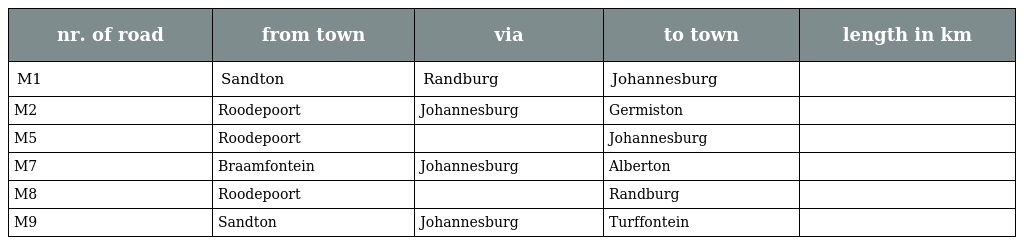
| nr. of road | from town | via | to town | length in km |
 | --- | --- | --- | --- | --- |
 | M1 | Sandton | Randburg | Johannesburg |  |
 | M2 | Roodepoort | Johannesburg | Germiston |  |
 | M5 | Roodepoort |  | Johannesburg |  |
 | M7 | Braamfontein | Johannesburg | Alberton |  |
 | M8 | Roodepoort |  | Randburg |  |
 | M9 | Sandton | Johannesburg | Turffontein |  |